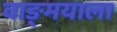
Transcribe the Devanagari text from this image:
वाङ्‌मयाला